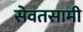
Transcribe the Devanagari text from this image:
सेवतसामी